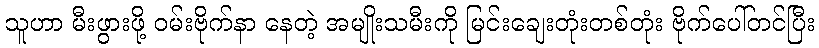
သူဟာ မီးဖွားဖို့ ဝမ်းဗိုက်နာ နေတဲ့ အမျိုးသမီးကို မြင်းချေးတုံးတစ်တုံး ဗိုက်ပေါ်တင်ပြီး